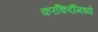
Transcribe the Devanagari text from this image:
करकिर्दीमध्ये